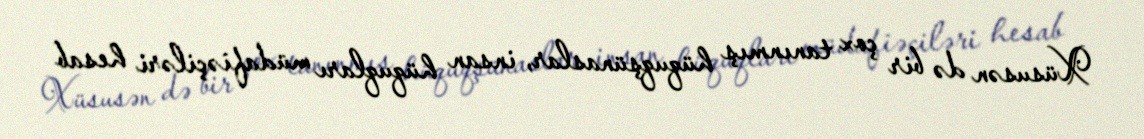
Xüsusən də bir çox tanınmış hüquqşünaslar, insan hüquqları müdafiəçiləri hesab